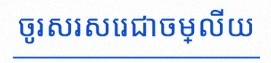
ចូរសរសេរជាចម្លើយ